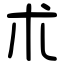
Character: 朮